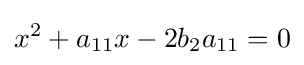
x^{2}+a_{11}x-2b_{2}a_{11}=0